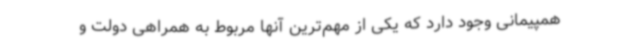
همپیمانی وجود دارد که یکی از مهم‌ترین آنها مربوط به همراهی دولت و